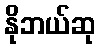
နိုဘယ်ဆု